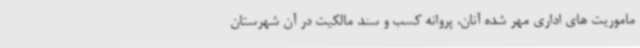
ماموریت های اداری مهر شده آنان، پروانه کسب و سند مالکیت در آن شهرستان